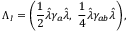
\Lambda _ { I } = \left( { \frac { 1 } { 2 } } \hat { \lambda } \gamma _ { a } \hat { \lambda } , ~ { \frac { 1 } { 4 } } \hat { \lambda } \gamma _ { a b } \hat { \lambda } \right) ,